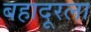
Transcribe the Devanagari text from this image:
बहादूरला